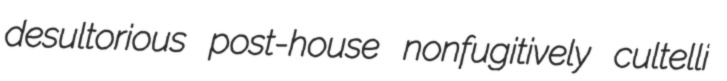
desultorious post-house nonfugitively cultelli